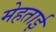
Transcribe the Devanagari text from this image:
मेहताई